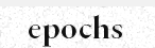
epochs